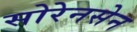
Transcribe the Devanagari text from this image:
सोरेनसेन